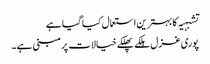
تشبہیہ کا بہترین استعمال کیا گیا ہے
پوری غزل ہلکے پھلکے خیالات پر مبنی ہے۔